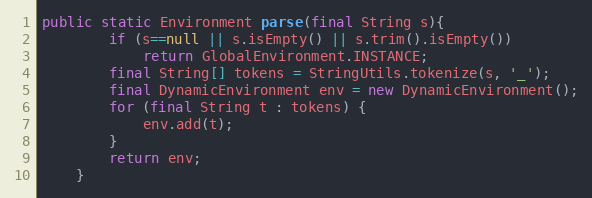
Language: Java
public static Environment parse(final String s){
		if (s==null || s.isEmpty() || s.trim().isEmpty())
			return GlobalEnvironment.INSTANCE;
		final String[] tokens = StringUtils.tokenize(s, '_');
		final DynamicEnvironment env = new DynamicEnvironment();
		for (final String t : tokens) {
            env.add(t);
        }
		return env;
	}